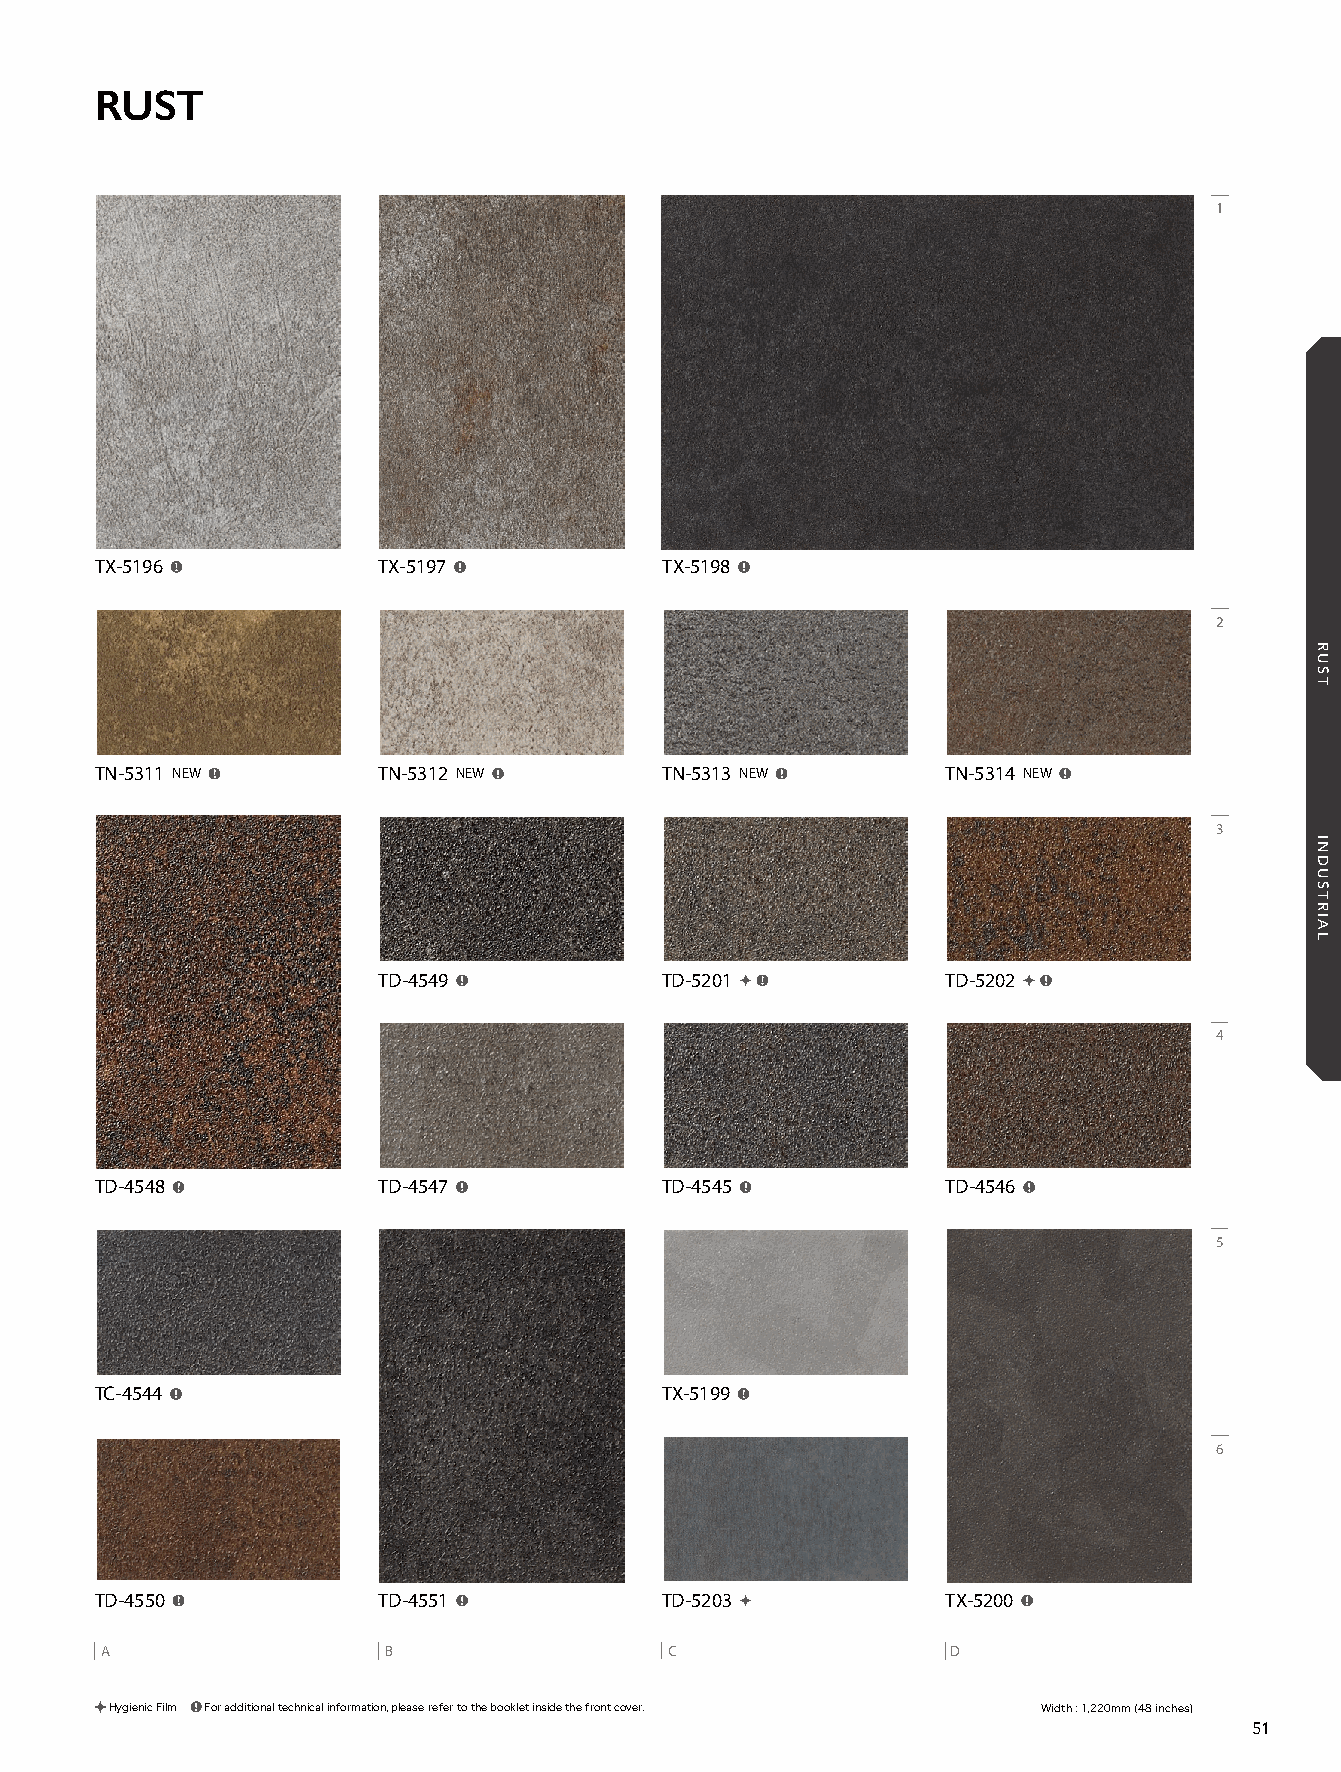
21_REATEC_vol11_P51_C1_KOROSEAL 21/11/16out 🅲🅼🆈🅺
 RUST
 1
 TX-5196            TX-5197            TX-5198
 2
 TN-5311 NEW        TN-5312 NEW        TN-5313 NEW        TN-5314 NEW
 3
 TD-4549            TD-5201            TD-5202
 4
 TD-4548            TD-4547            TD-4545            TD-4546
 5
 TC-4544                               TX-5199
 6
 TD-4550            TD-4551            TD-5203            TX-5200
 A                 B                  C                  D
 Hygienic Film For additional technical information, please refer to the booklet inside the front cover. Width : 1,220mm (48 inches)
 51
 RUST
 INDUSTRIAL